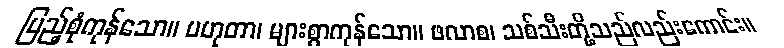
ပြည့်စုံကုန်သော။ ပဟုတာ၊ များစွာကုန်သော။ ဖလာစ၊ သစ်သီးတို့သည်လည်းကောင်း။